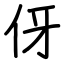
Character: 伢